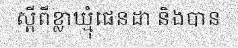
ស្តីពីខ្លាឃ្មុំផេនដា និងបាន